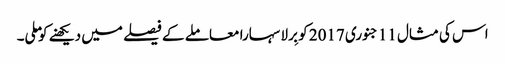
اس کی مثال 11جنوری 2017 کو بِرلا سہارا معاملے کے فیصلے میں دیکھنے کو ملی۔